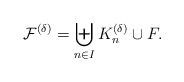
LaTeX: \begin{align*} \mathcal{F}^{(\delta)}= \biguplus_{n\in I}K_n^{(\delta)} \cup F. \end{align*}